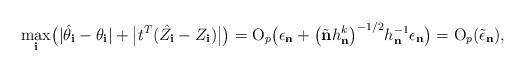
\begin{align*}\max_{\mathbf{i}}\bigl(|\hat{\theta}_{\mathbf{i}}-\theta_{\mathbf{i}}|+\bigl|t^{T}(\hat{Z}_{\mathbf{i}}-Z_{\mathbf{i}})\bigr|\bigr)=\mathrm{O}_{p}\bigl(\epsilon_{\mathbf{n}}+\bigl(\tilde{\mathbf{n}}h_{\mathbf{n}}^{k}\bigr)^{-1/2}h_{\mathbf{n}}^{-1}\epsilon_{\mathbf{n}}\bigr)=\mathrm{O}_{p}(\tilde{\epsilon}_{\mathbf{n}}),\end{align*}